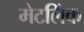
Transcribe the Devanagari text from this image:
मेटलिंक